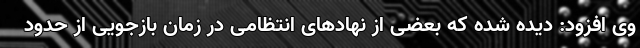
وی افزود: دیده شده که بعضی از نهادهای انتظامی در زمان بازجویی از حدود